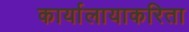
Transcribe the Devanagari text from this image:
कार्यालायाकरिता